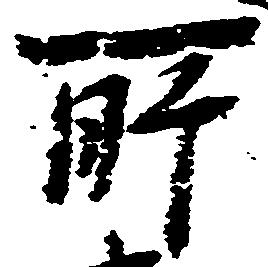
所